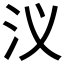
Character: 𮳃